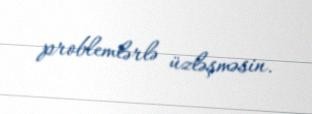
problemlərlə üzləşməsin.